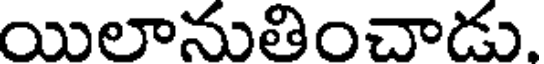
యిలానుతించాడు.